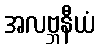
အလဗ္ဘနီယံ